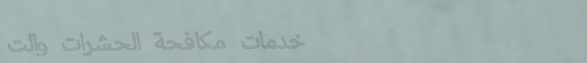
خدمات مكافحة الحشرات والت